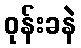
ဝုန်းခနဲ